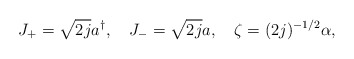
\begin{align*}J_+ = \sqrt{2j} a^\dagger, \quad J_- = \sqrt{2j} a, \quad \zeta =(2j)^{-1/2} \alpha,\end{align*}